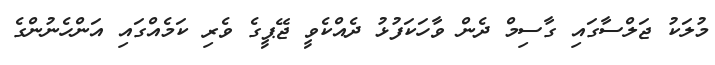
މުލަކު ޖަލްސާގައި ގާސިމް ދެން ވާހަކަފުޅު ދެއްކެވީ ޖޭޕީގެ ވެރި ކަމެއްގައި އަންހެނުންގެ